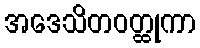
အဒေသိတဝတ္ထုကာ